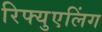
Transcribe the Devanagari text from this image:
रिफ्युएलिंग